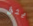
يثق